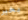
بخير